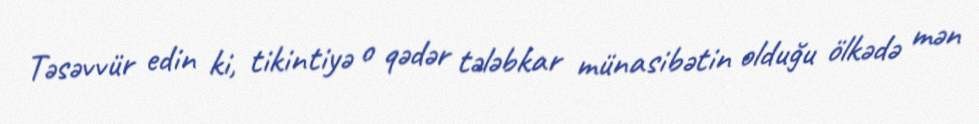
Təsəvvür edin ki, tikintiyə o qədər tələbkar münasibətin olduğu ölkədə mən